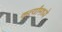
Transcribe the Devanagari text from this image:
कर्त्यांमध्ये